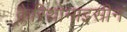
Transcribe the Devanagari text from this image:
क्लैरिथ्रोमाइसीन